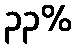
၃၃%